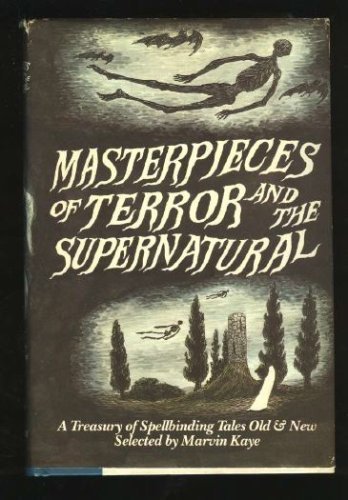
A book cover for Masterpieces of Terror and the Supernatural: A Treasury of Spellbinding Tales Old and New; Saralee Kaye; Science Fiction & Fantasy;